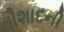
નૌશાદની